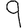
Digit: 9